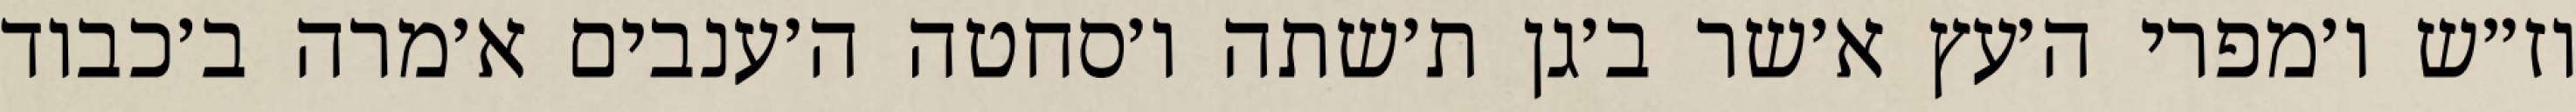
וז״ש ו׳מפרי ה׳עץ א׳שר ב׳גן ת׳שתה ו׳סחטה ה׳ענבים א׳מרה ב׳כבוד